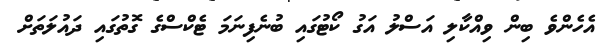
އެހެންވެ ބިން ވިއްކާލި އަސްލު އަގު ކޯޓުގައި ބުނެފިނަމަ ޓެކްސްގެ ގޮތުގައި ދައުލަތަށް